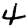
Digit: 4